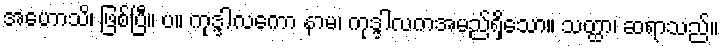
အဟောသိ၊ ဖြစ်ပြီ။ ပ။ ကုဒ္ဒါလကော နာမ၊ ကုဒ္ဒါလကအမည်ရှိသော။ သတ္ထာ၊ ဆရာသည်။